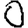
Digit: 0